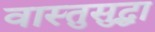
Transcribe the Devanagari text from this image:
वास्तुसुद्धा